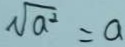
\sqrt { a ^ { 2 } } = a